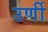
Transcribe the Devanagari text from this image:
उर्णी